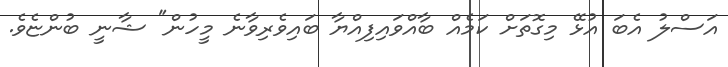
އަސްލު އެބަ އުޅޭ މިގޮތަށް ކަމެއް ބާއްވައިފިއްޔާ ބައިވެރިވާނެ މީހުން" ޝާނީ ބުންޏެވެ.